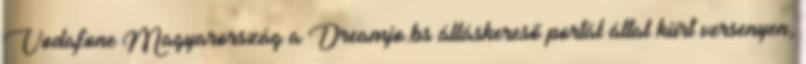
Vodafone Magyarország a Dreamjo.bs álláskereső portál által kiírt versenyen,